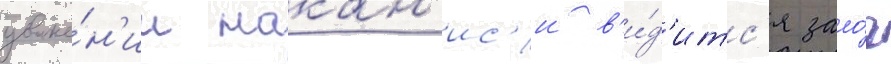
уваже́н'ии накан'ис'и в'и́д'итс'я зало́г